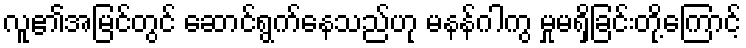
လူ၏အမြင်တွင် ဆောင်ရွက်နေသည်ဟု မနန်ဂါကွ မှုမရှိခြင်းတို့ကြောင့်